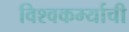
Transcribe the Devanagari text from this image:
विश्वकर्म्याची